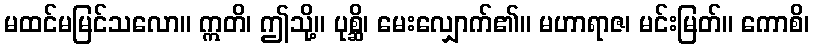
မထင်မမြင်သလော။ ဣတိ၊ ဤသို့။ ပုစ္ဆိ၊ မေးလျှောက်၏။ မဟာရာဇ၊ မင်းမြတ်။ ကောစိ၊